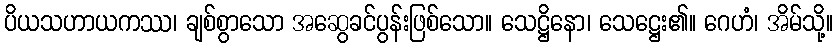
ပိယသဟာယကဿ၊ ချစ်စွာသော အဆွေခင်ပွန်းဖြစ်သော။ သေဋ္ဌိနော၊ သေဋ္ဌေး၏။ ဂေဟံ၊ အိမ်သို့။